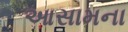
આસામના